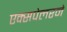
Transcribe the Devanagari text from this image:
एक्सपेलरने